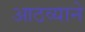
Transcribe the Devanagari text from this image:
आठव्याने